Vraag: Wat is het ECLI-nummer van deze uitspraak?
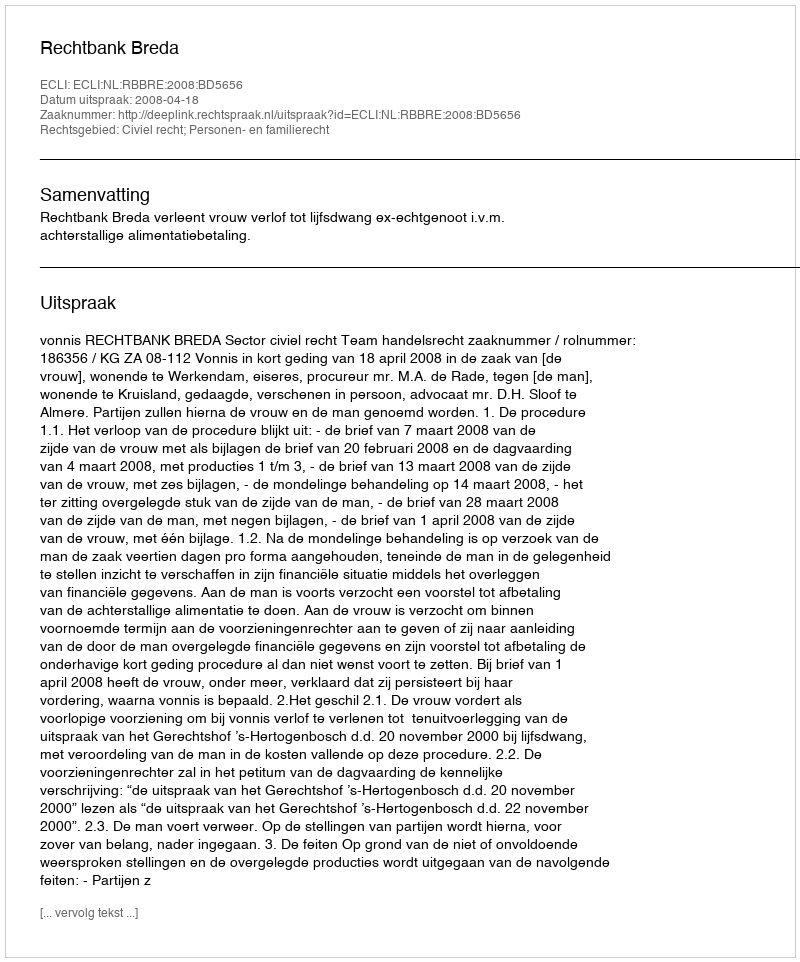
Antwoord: ECLI:NL:RBBRE:2008:BD5656